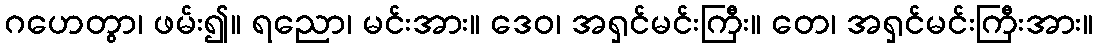
ဂဟေတွာ၊ ဖမ်း၍။ ရညော၊ မင်းအား။ ဒေဝ၊ အရှင်မင်းကြီး။ တေ၊ အရှင်မင်းကြီးအား။